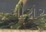
મોરાર